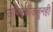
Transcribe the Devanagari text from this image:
अभिषेकींकडूनही